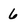
Character: 6